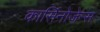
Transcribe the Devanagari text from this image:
कार्सिनोजेन्स